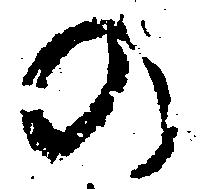
の